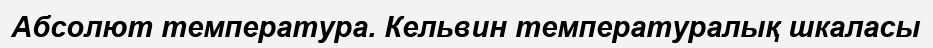
Абсолют температура. Кельвин температуралық шкаласы